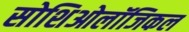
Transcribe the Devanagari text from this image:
सोशिओलॉजिकल